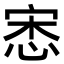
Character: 𢚠